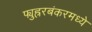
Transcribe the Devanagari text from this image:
फ्युह्ररबंकरमध्ये